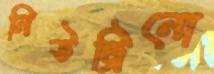
নিউট্রিনো